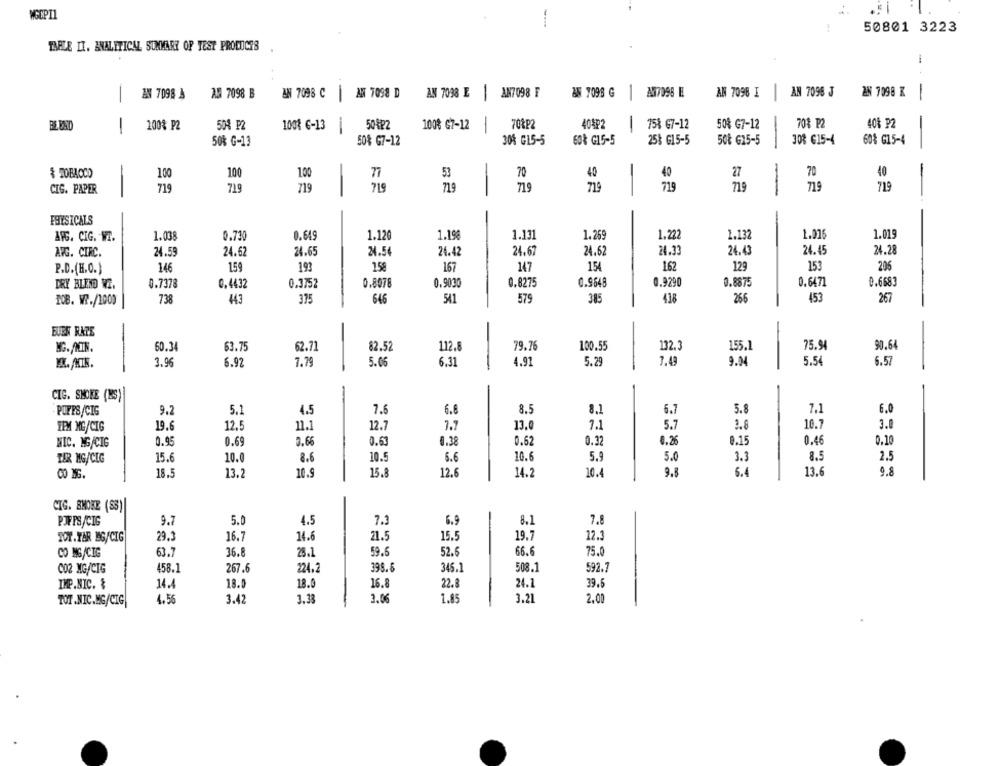
50801 3223
TARDE IT. ANALYTICAL SUMMARY OF TEST PRODUCTS
-
AN 7098 D
AN 7098 E
AN7098 F
&N 7098 G
A17098 H
AN 7098 I
AN 7096 J
EN 7098 3
AB 7098 B
AN 7098 C
-
1
2N 7098 K
-
-
BE BAD
-
100% P2
508 P2
1001 6-13
50&P2
100% G7-12
701P2
40822
75% 67-12
50% G7-12
708 P2
40% P2
50% G-13
50% G7-12
30% GL5-5
60% G15-5
25% G15-5
50₺ G15-5
308 €15-4
60% G15-4
$ TOBACCO
-
100
100
1.00
77
53
70
40
40
27
70
40
1
-
CIG. PAPER
719
719
719
715
719
719
-
719
719
1
719
719
FRYSICALS
-
AFG. CIG. WT.
1.038
0.730
0.649
1.120
1.19%
1.131
1.269
1.222
1.132
1.01
1.019
AVG. CIRC.
24.59
24.62
24.65
24.54
24.42
24.67
24.62
24.33
24.43
24.45
24.28
146
159
193
158
167
147
154
1.62
129
153
206
P.D.(H.O.)
0.7378
0.4432
0.3752
0.8078
0.9030
0.8275
0.9648
0.9290
0.8875
0.6471
0.6683
DRY BLEND NE.
738
443
375
646
541
575
385
438
266
453
267
IOB. WP./1000
EUER RATE
-
-
90.64
60.34
63.75
62.71
82.52
112.8
79.76
100.55
132.
155.1
75.94
9.04
5.54
3.96
6.92
7.79
5.06
6.31
4.91
5.29
7.49
6.5
CIG. SHOWE (MS)
-
POFES/CIG
9.2
5.1
4.5
7.6
6.6
8.5
8.1
6.7
5.8
7.1
6.0
TEM MG/CIG
19.6
12.5
11.1
12.7
7.7
13.0
7.1
5.7
3.8
10.7
3.0
NIC. MG/CIG
0.95
0.69
0.66
0.61
0.38
0.62
0.37
0.25
0.15
0.46
0.10
TER MG/CIG
15.6
10.0
8.6
10.5
6.6
10.6
5.9
5.0
3.3
8.5
2.5
18.5
13.
10.9
15.8
12.6
14.2
10.4
9.5
6.4
13.6
9.8
CIG. SHORE (S3)
9.7
5.0
4.5
7.3
6.9
8.1
7.8
PJFPS/CIG
29.3
16.7
14.6
21.5
15.5
19.7
12.3
TOT.TAR BG/CIG
63.7
59.6
66.6
75.0
CO MG/CIG
36.8
28.1
52.6
267.6
395.6
345.1
508.1
592.7
CO2 MG/CIG
458.1
224.2
18.0
16.8
24.1
39.6
IMP.NIC. &
14.4
18.0
22.8
TOT .NIC.MG/CIG
4.56
3.42
3.33
3.06
1.85
3.21
2.00